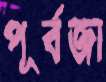
পূর্বজা